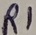
Text: R1